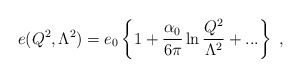
\begin{align*}e(Q^2,\Lambda^2)=e_0\left\{1+\frac{\alpha_0}{6\pi}\ln\frac{Q^2}{\Lambda^2}+...\right\}~,\end{align*}